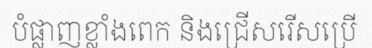
បំផ្លាញខ្លាំងពេក និងជ្រើសរើសប្រើ